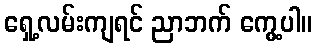
ရှေ့လမ်းကျရင် ညာဘက် ကွေ့ပါ။